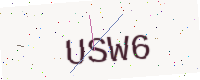
Text: USW6